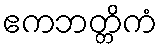
ဧကဘတ္တိကံ